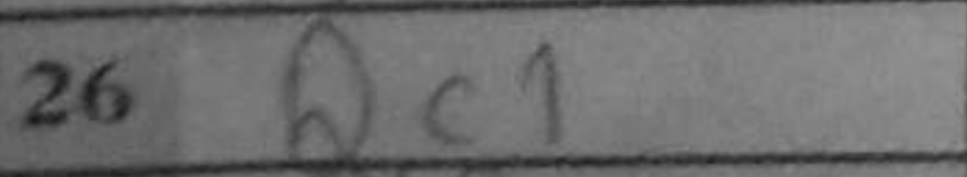
Transcription: Qc1